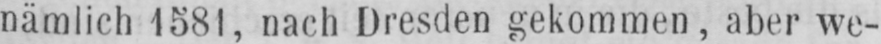
nämlich 1581, nach Dresden gekommen, aber we-